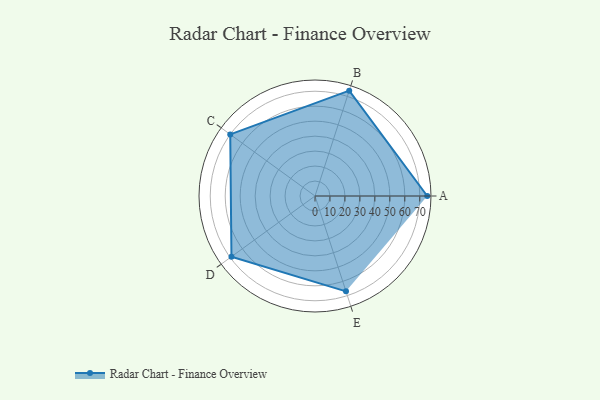
{"axis": {"x": "Skill", "y": "Score"}, "legend": ["Profile"], "data": [{"x": "A", "y": 75.0, "type": "Profile"}, {"x": "B", "y": 74.0, "type": "Profile"}, {"x": "C", "y": 70.0, "type": "Profile"}, {"x": "D", "y": 69.0, "type": "Profile"}, {"x": "E", "y": 67.0, "type": "Profile"}]}